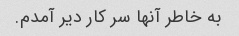
به خاطر آنها سر کار دیر آمدم.